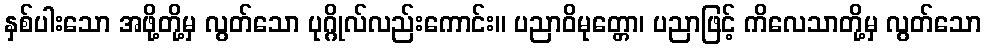
နှစ်ပါးသော အဖို့တို့မှ လွတ်သော ပုဂ္ဂိုလ်လည်းကောင်း။ ပညာဝိမုတ္တော၊ ပညာဖြင့် ကိလေသာတို့မှ လွတ်သော